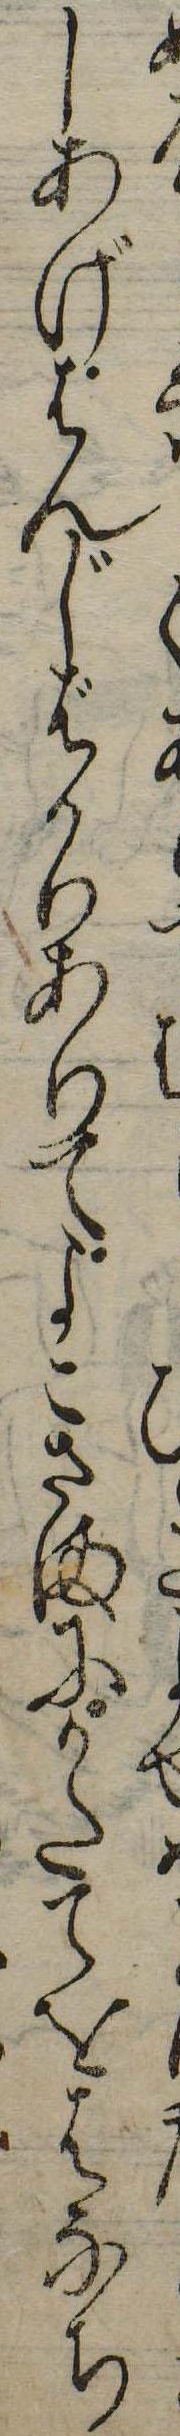
くしあげはんじばかりありてよこさまにかたてをはなち